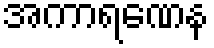
အကာရဏေန